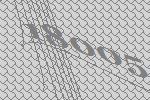
18005